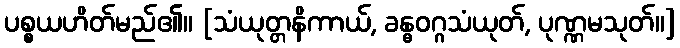
ပစ္စယဟိတ်မည်၏။ [သံယုတ္တနိကာယ်, ခန္ဓဝဂ္ဂသံယုတ်, ပုဏ္ဏမသုတ်။]